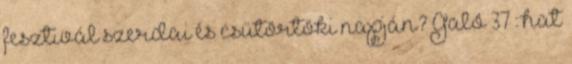
fesztivál szerdai és csütörtöki napján? Galó 37 : hat